Scottish Leaving Certificate Examination, 1958
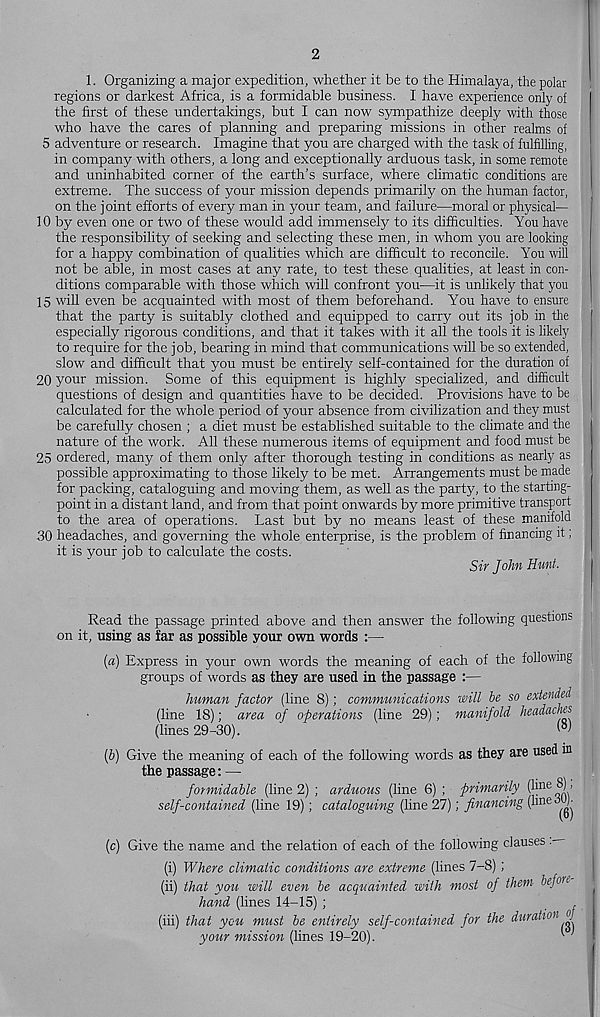
2
1. Organizing a major expedition, whether it be to the Himalaya, the polar
regions or darkest Africa, is a formidable business. I have experience only of
the first of these undertakings, but I can now sympathize deeply with those
who have the cares of planning and preparing missions in other realms of
5 adventure or research. Imagine that you are charged with the task of fulfilling,
in company with others, a long and exceptionally arduous task, in some remote
and uninhabited corner of the earth’s surface, where climatic conditions are
extreme. The success of your mission depends primarily on the human factor,
on the joint efforts of every man in your team, and failure—moral or physical-
10 by even one or two of these would add immensely to its difficulties. You have
the responsibility of seeking and selecting these men, in whom you are looking
for a happy combination of quahties which are difficult to reconcile. You will
not be able, in most cases at any rate, to test these qualities, at least in con-
ditions comparable with those which will confront you—it is unlikely that you
15 will even be acquainted with most of them beforehand. You have to ensure
that the party is suitably clothed and equipped to carry out its job in the
especially rigorous conditions, and that it takes with it all the tools it is likely
to require for the job, bearing in mind that communications will be so extended,
slow and difficult that you must be entirely self-contained for the duration of
20 your mission. Some of this equipment is highly specialized, and difficult
questions of design and quantities have to be decided. Provisions have to be
calculated for the whole period of your absence from civilization and they must
be carefully chosen ; a diet must be established suitable to the climate and the
nature of the work. All these numerous items of equipment and food must be
25 ordered, many of them only after thorough testing in conditions as nearly as
possible approximating to those likely to be met. Arrangements must be made
for packing, cataloguing and moving them, as well as the party, to the starting-
point in a distant land, and from that point onwards by more primitive transport
to the area of operations. Last but by no means least of these manifold
30 headaches, and governing the whole enterprise, is the problem of financing it;
it is your job to calculate the costs.
Sir John Hunt.
Read the passage printed above and then answer the following questions
on it, using as far as possible your own words :—
(a) Express in your own words the meaning of each of the following
groups of words as they are used in the passage :—
human factor (line 8); communications will he so extended
(line 18); area of operations (line 29); manifold headaches
(lines 29-30).
W
(b) Give the meaning of each of the following words as they are used in
the passage: —
formidable (line 2) ; arduous (line 6) ; primarily
self-contained (line 19); cataloguing (line 27); financing
(c) Give the name and the relation of each of the following clauses .—
(i) Where climatic conditions are extreme (lines 7-8) ;
(ii) that you will even be acquainted with most of them before
hand (lines 14-15) ;
,
,
(hi) that you must be entirely self-contained for the duration J
your mission (lines 19-20).
(line 8);
(line 30).
(6)